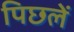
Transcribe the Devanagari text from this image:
पिछलें